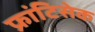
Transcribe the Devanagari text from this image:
फ्रांटिसेक